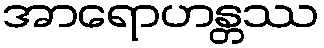
အာရောဟန္တဿ